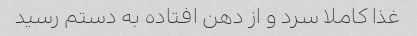
غذا کاملا سرد و از دهن افتاده به دستم رسید